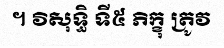
។ វិសុទ្ធិ ទី៥ ភិក្ខុ ត្រូវ